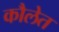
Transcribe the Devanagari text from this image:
कौलेत